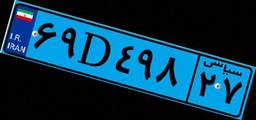
۶۹D۴۹۸۲۷